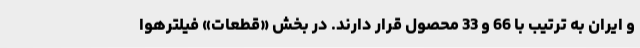
و ایران به ترتیب با 66 و 33 محصول قرار دارند. در بخش «قطعات» فیلترهوا